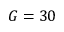
G = 3 0